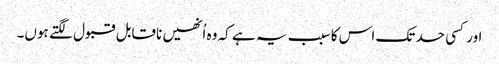
اور کسی حد تک اس کا سبب یہ ہے کہ وہ اُنھیں ناقابل قبول لگتے ہوں۔